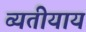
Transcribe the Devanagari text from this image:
व्यतीयाय